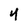
Character: 4